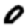
Digit: 0